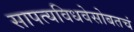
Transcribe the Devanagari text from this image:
सापत्यविधवेसोबतचं